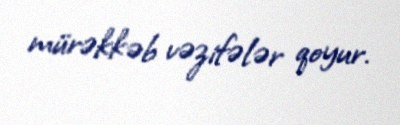
mürəkkəb vəzifələr qoyur.